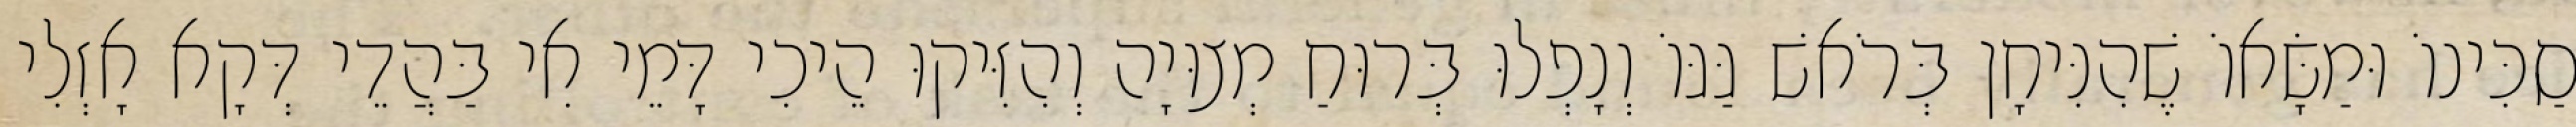
סַכִּינוֹ וּמַשָּׂאוֹ שֶׁהִנִּיחָן בְּרֹאשׁ גַּגּוֹ וְנָפְלוּ בְּרוּחַ מְצוּיָה וְהִזִּיקוּ הֵיכִי דָּמֵי אִי בַּהֲדֵי דְּקָא אָזְלִי